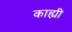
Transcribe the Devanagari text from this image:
काह्यी